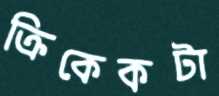
ক্রিকেকটা